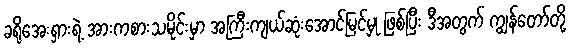
ခရိုအေးရှားရဲ့ အားကစားသမိုင်းမှာ အကြီးကျယ်ဆုံးအောင်မြင်မှု ဖြစ်ပြီး ဒီအတွက် ကျွန်တော်တို့